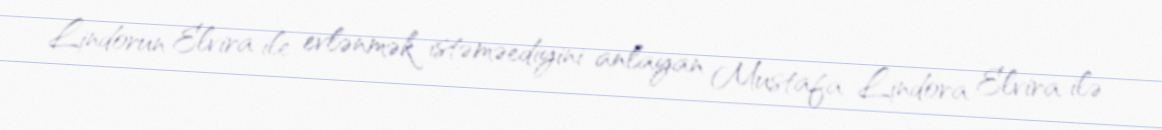
Lindorun Elvira ile evlənmək istəməediyini anlayan Mustafa Lindora Elvira ilə